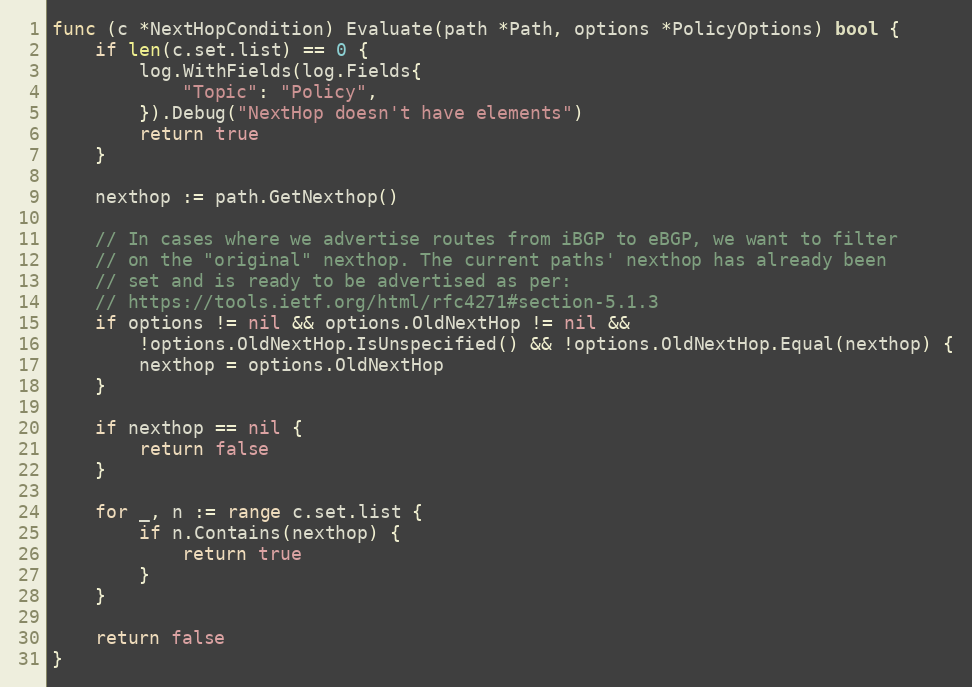
Language: Go
func (c *NextHopCondition) Evaluate(path *Path, options *PolicyOptions) bool {
	if len(c.set.list) == 0 {
		log.WithFields(log.Fields{
			"Topic": "Policy",
		}).Debug("NextHop doesn't have elements")
		return true
	}

	nexthop := path.GetNexthop()

	// In cases where we advertise routes from iBGP to eBGP, we want to filter
	// on the "original" nexthop. The current paths' nexthop has already been
	// set and is ready to be advertised as per:
	// https://tools.ietf.org/html/rfc4271#section-5.1.3
	if options != nil && options.OldNextHop != nil &&
		!options.OldNextHop.IsUnspecified() && !options.OldNextHop.Equal(nexthop) {
		nexthop = options.OldNextHop
	}

	if nexthop == nil {
		return false
	}

	for _, n := range c.set.list {
		if n.Contains(nexthop) {
			return true
		}
	}

	return false
}